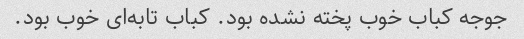
جوجه کباب خوب پخته نشده بود. کباب تابه‌ای خوب بود.